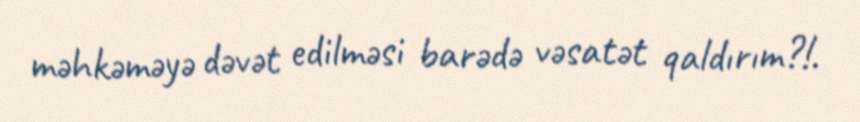
məhkəməyə dəvət edilməsi barədə vəsatət qaldırım?!.